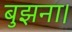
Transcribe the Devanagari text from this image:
बुझना।